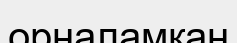
орналамқан